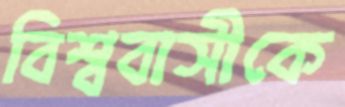
বিশ্ববাসীকে